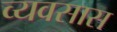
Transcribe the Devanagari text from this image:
व्यवसास